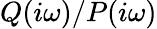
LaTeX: Q(i\omega)/P(i\omega)